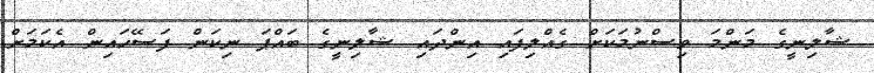
ޝާލިނީގެ މަންމަ ވިސްނުމަކަށް ގެއްލިފައި އިންދައި ޝާލިނީގެ ބައްޕަ ނިކަން ފަސޭހައިން އެކަމަށް